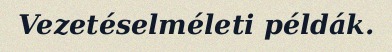
Vezetéselméleti példák.